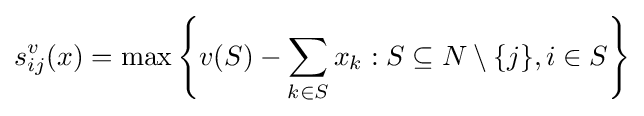
s_{ij}^{v}(x)=\max \left\{v(S)-\sum _{k\in S}x_{k}:S\subseteq N\setminus \{j\},i\in S\right\}